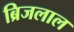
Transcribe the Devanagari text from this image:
ब्रिजलाल